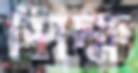
শিক্ষ